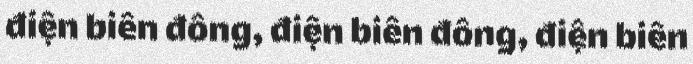
điện biên đông, điện biên đông, điện biên